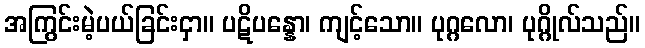
အကြွင်းမဲ့ပယ်ခြင်းငှာ။ ပဋိပန္နော၊ ကျင့်သော။ ပုဂ္ဂလော၊ ပုဂ္ဂိုလ်သည်။